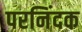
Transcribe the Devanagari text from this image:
परनिंदक